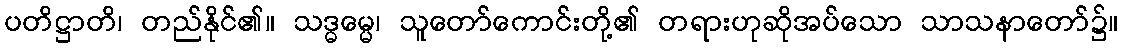
ပတိဋ္ဌာတိ၊ တည်နိုင်၏။ သဒ္ဓမ္မေ၊ သူတော်ကောင်းတို့၏ တရားဟုဆိုအပ်သော သာသနာတော်၌။